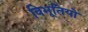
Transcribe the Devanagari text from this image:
विभूतियो